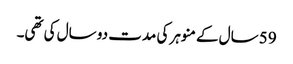
59 سال کے منوہر کی مدت دو سال کی تھی۔